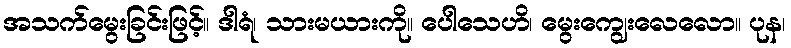
အသက်မွေးခြင်းဖြင့်။ ဒါရံ၊ သားမယားကို။ ပေါသေဟိ၊ မွေးကျွေးလေလော။ ပုန၊